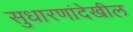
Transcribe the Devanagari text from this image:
सुधारणांदेखील